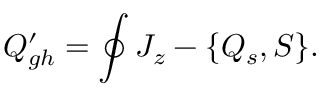
{ \cal Q } _ { g h } ^ { \prime } = \oint J _ { z } - \{ { \cal Q } _ { s } , S \} .